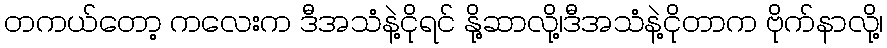
တကယ်တော့ ကလေးက ဒီအသံနဲ့ငိုရင် နို့ဆာလို့၊ဒီအသံနဲ့ငိုတာက ဗိုက်နာလို့၊